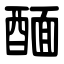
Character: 䤄